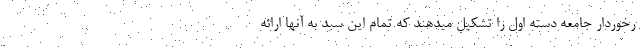
رخوردار جامعه دسته اول را تشکیل میدهند که تمام این سبد به آنها ارائه